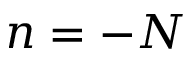
n = - N